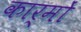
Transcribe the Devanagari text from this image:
कार्मों